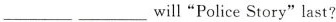
___ ___will "Police Story" last?